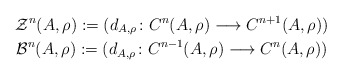
\begin{gather*}\mathcal{Z}^n(A,\rho):= (d_{A,\rho}\colon C^n(A,\rho)\longrightarrow C^{n+1}(A,\rho))\\\mathcal{B}^n(A,\rho):= (d_{A,\rho}\colon C^{n-1}(A,\rho)\longrightarrow C^n(A,\rho))\end{gather*}